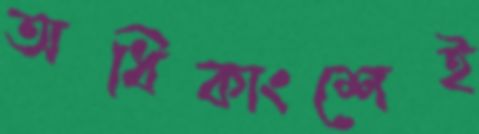
অধিকাংশেই